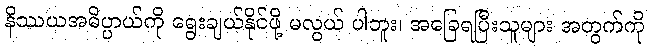
နိဿယအဓိပ္ပာယ်ကို ရွေးချယ်နိုင်ဖို့ မလွယ် ပါဘူး၊ အခြေရပြီးသူများ အတွက်ကို